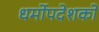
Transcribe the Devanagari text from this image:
धर्मोपदेशकों